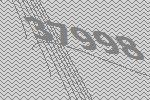
37998